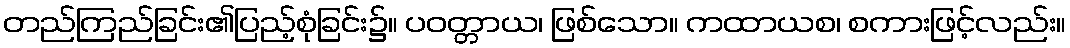
တည်ကြည်ခြင်း၏ပြည့်စုံခြင်း၌။ ပဝတ္တာယ၊ ဖြစ်သော။ ကထာယစ၊ စကားဖြင့်လည်း။